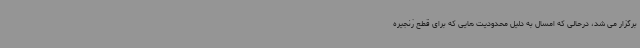
برگزار می شد، درحالی که امسال به دلیل محدودیت هایی که برای قطع زنجیره